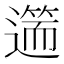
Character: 𨖺